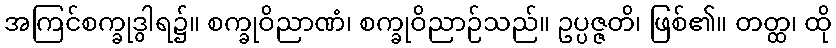
အကြင်စက္ခုဒွါရ၌။ စက္ခုဝိညာဏံ၊ စက္ခုဝိညာဉ်သည်။ ဥပ္ပဇ္ဇတိ၊ ဖြစ်၏။ တတ္ထ၊ ထို